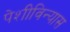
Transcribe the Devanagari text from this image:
पेशीविन्यास